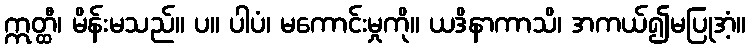
ဣတ္ထီ၊ မိန်းမသည်။ ပ။ ပါပံ၊ မကောင်းမှုကို။ ယဒိနာကာသိ၊ အကယ်၍မပြုအံ့။